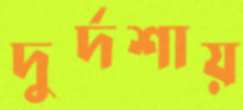
দুর্দশায়